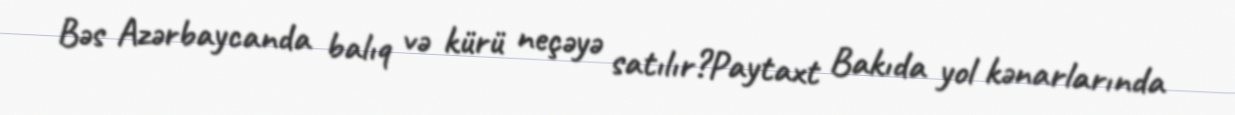
Bəs Azərbaycanda balıq və kürü neçəyə satılır?Paytaxt Bakıda yol kənarlarında